Indian journal of veterinary science and animal husbandry - Volumes 24-25, 1954-1955
Year: 1954
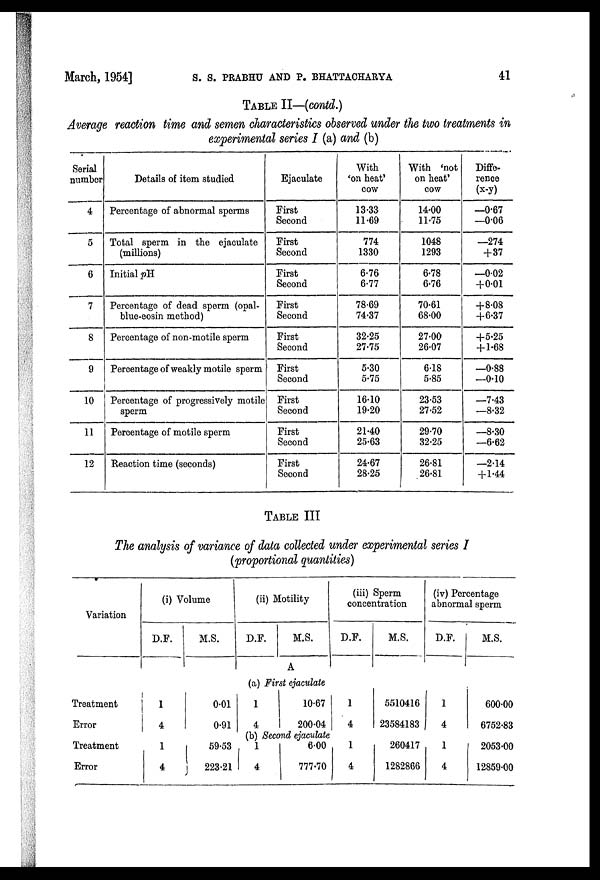
March, 1954] S. S. PRABHU AND P. BHATTACHARYA 41
TABLE II—(contd.)
Average reaction time and semen characteristics observed under the two treatments in
experimental series I (a) and (b)
Serial
number
4
5
6
7
8
9
10
11
12
Details of item studied
Percentage of abnormal sperms
Total sperm in the ejaculate
(millions)
Initial pH
Percentage of dead sperm (opal-
blue-eosin method)
Percentage of non-motile sperm
Percentage of weakly motile sperm
Percentage of progressively motile
sperm
Percentage of motile sperm
Reaction time (seconds)
Ejaculate
First
Second
First
Second
First
Second
First
Second
First
Second
First
Second
First
Second
First
Second
First
Second
With
'on heat'
cow
13.33
11.69
774
1330
6.76
6.77
78.69
74.37
32.25
27.75
5.30
5.75
16.10
19.20
21.40
25.63
24.67
28.25
With 'not
on heat'
cow
14.00
11.75
1048
1293
6.78
6.76
70.61
68.00
27.00
26.07
6.18
5.85
23.53
27.52
29.70
32.25
26.81
26.81
Diffe-
rence
(x-y)
—0.67
—0.06
—274
+37
—0.02
+0.01
+8.08
+6.37
+5.25
+ 1.68
—0.88
—0.10
—7.43
—8.32
—8.30
—6.62
—2.14
+ 1.44
TABLE III
The analysis of variance of data collected under experimental series I
(proportional quantities)
Variation
Treatment
Error
Treatment
Error
(i) Volume
D.F.
1
4
1
4
M.S.
0 .01
0.91
59.53
223.21
(ii) Motility
D.F.
M.S.
A
(a) First ejaculate
1
4
10.67
200.04
(b) Second ejaculate
1
4
6.00
777.70
(iii) Sperm
concentration
D.F.
1
4
1
4
M.S.
5510416
23584183
260417
1282866
(iv) Percentage
abnormal sperm
D.F.
1
4
1
4
M.S.
600.00
6752.83
2053.00
12859.00